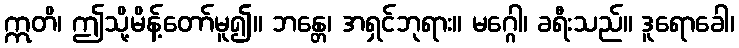
ဣတိ၊ ဤသို့မိန့်တော်မူ၍။ ဘန္တေ၊ အရှင်ဘုရား။ မဂ္ဂေါ၊ ခရီးသည်။ ဒူရောခေါ၊